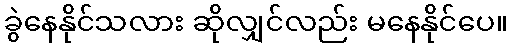
ခွဲနေနိုင်သလား ဆိုလျှင်လည်း မနေနိုင်ပေ။